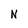
Character: N